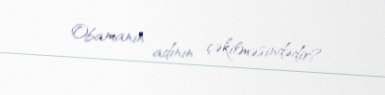
Obamanın adının çəkilməsindədir?.